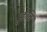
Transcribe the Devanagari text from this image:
प्रृकति